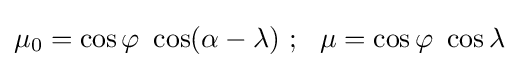
\mu _{0}=\cos \varphi ~\cos(\alpha -\lambda )~;~~\mu =\cos \varphi ~\cos \lambda ~